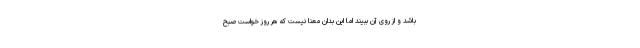
باشد و از روی آن ببیند اما این بدان معنا نیست که هر روز خواست صبح